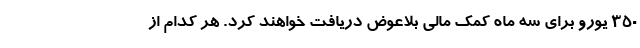
۳۵۰ یورو برای سه ماه کمک مالی بلاعوض دریافت خواهند کرد. هر کدام از